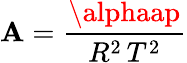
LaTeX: \mathbf{A}={\frac{{\alphaap}}{{R^{2}\, T^{2}}}}